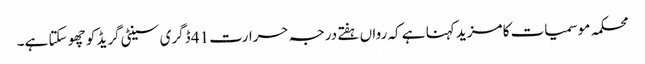
محکمہ موسمیات کا مزید کہنا ہے کہ رواں ہفتے درجہ حرارت 41 ڈگری سینٹی گریڈ کو چھو سکتا ہے۔